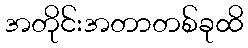
အတိုင်းအတာတစ်ခုထိ